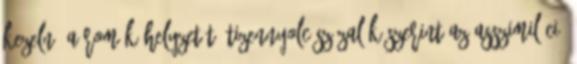
kezelné a romák helyzetét. Tizennyolc százalék szerint az asszimiláció